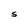
Character: S